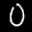
Label: 0